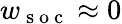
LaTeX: w_{\mathrm{~s~o~c~}}\approx 0